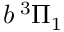
b \, ^ { 3 } \Pi _ { 1 }